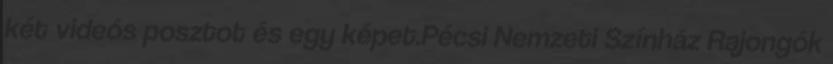
két videós posztot és egy képet.Pécsi Nemzeti Színház Rajongók